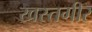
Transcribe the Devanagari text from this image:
खस्तगीर